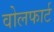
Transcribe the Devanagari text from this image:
वोलफार्ट